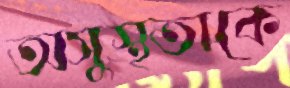
অসুস্থতাকে